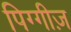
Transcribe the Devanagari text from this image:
पिग्गीज़